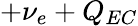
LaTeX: +\nu_{e}+Q_{EC}